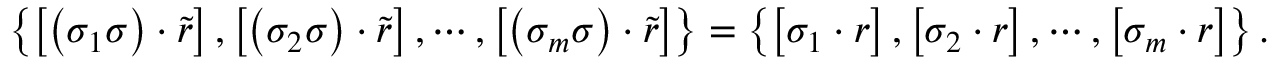
\left\{ \left[ \left( \sigma _ { 1 } \sigma \right) \cdot \tilde { r } \right] , \left[ \left( \sigma _ { 2 } \sigma \right) \cdot \tilde { r } \right] , \cdots , \left[ \left( \sigma _ { m } \sigma \right) \cdot \tilde { r } \right] \right\} = \left\{ \left[ \sigma _ { 1 } \cdot r \right] , \left[ \sigma _ { 2 } \cdot r \right] , \cdots , \left[ \sigma _ { m } \cdot r \right] \right\} .